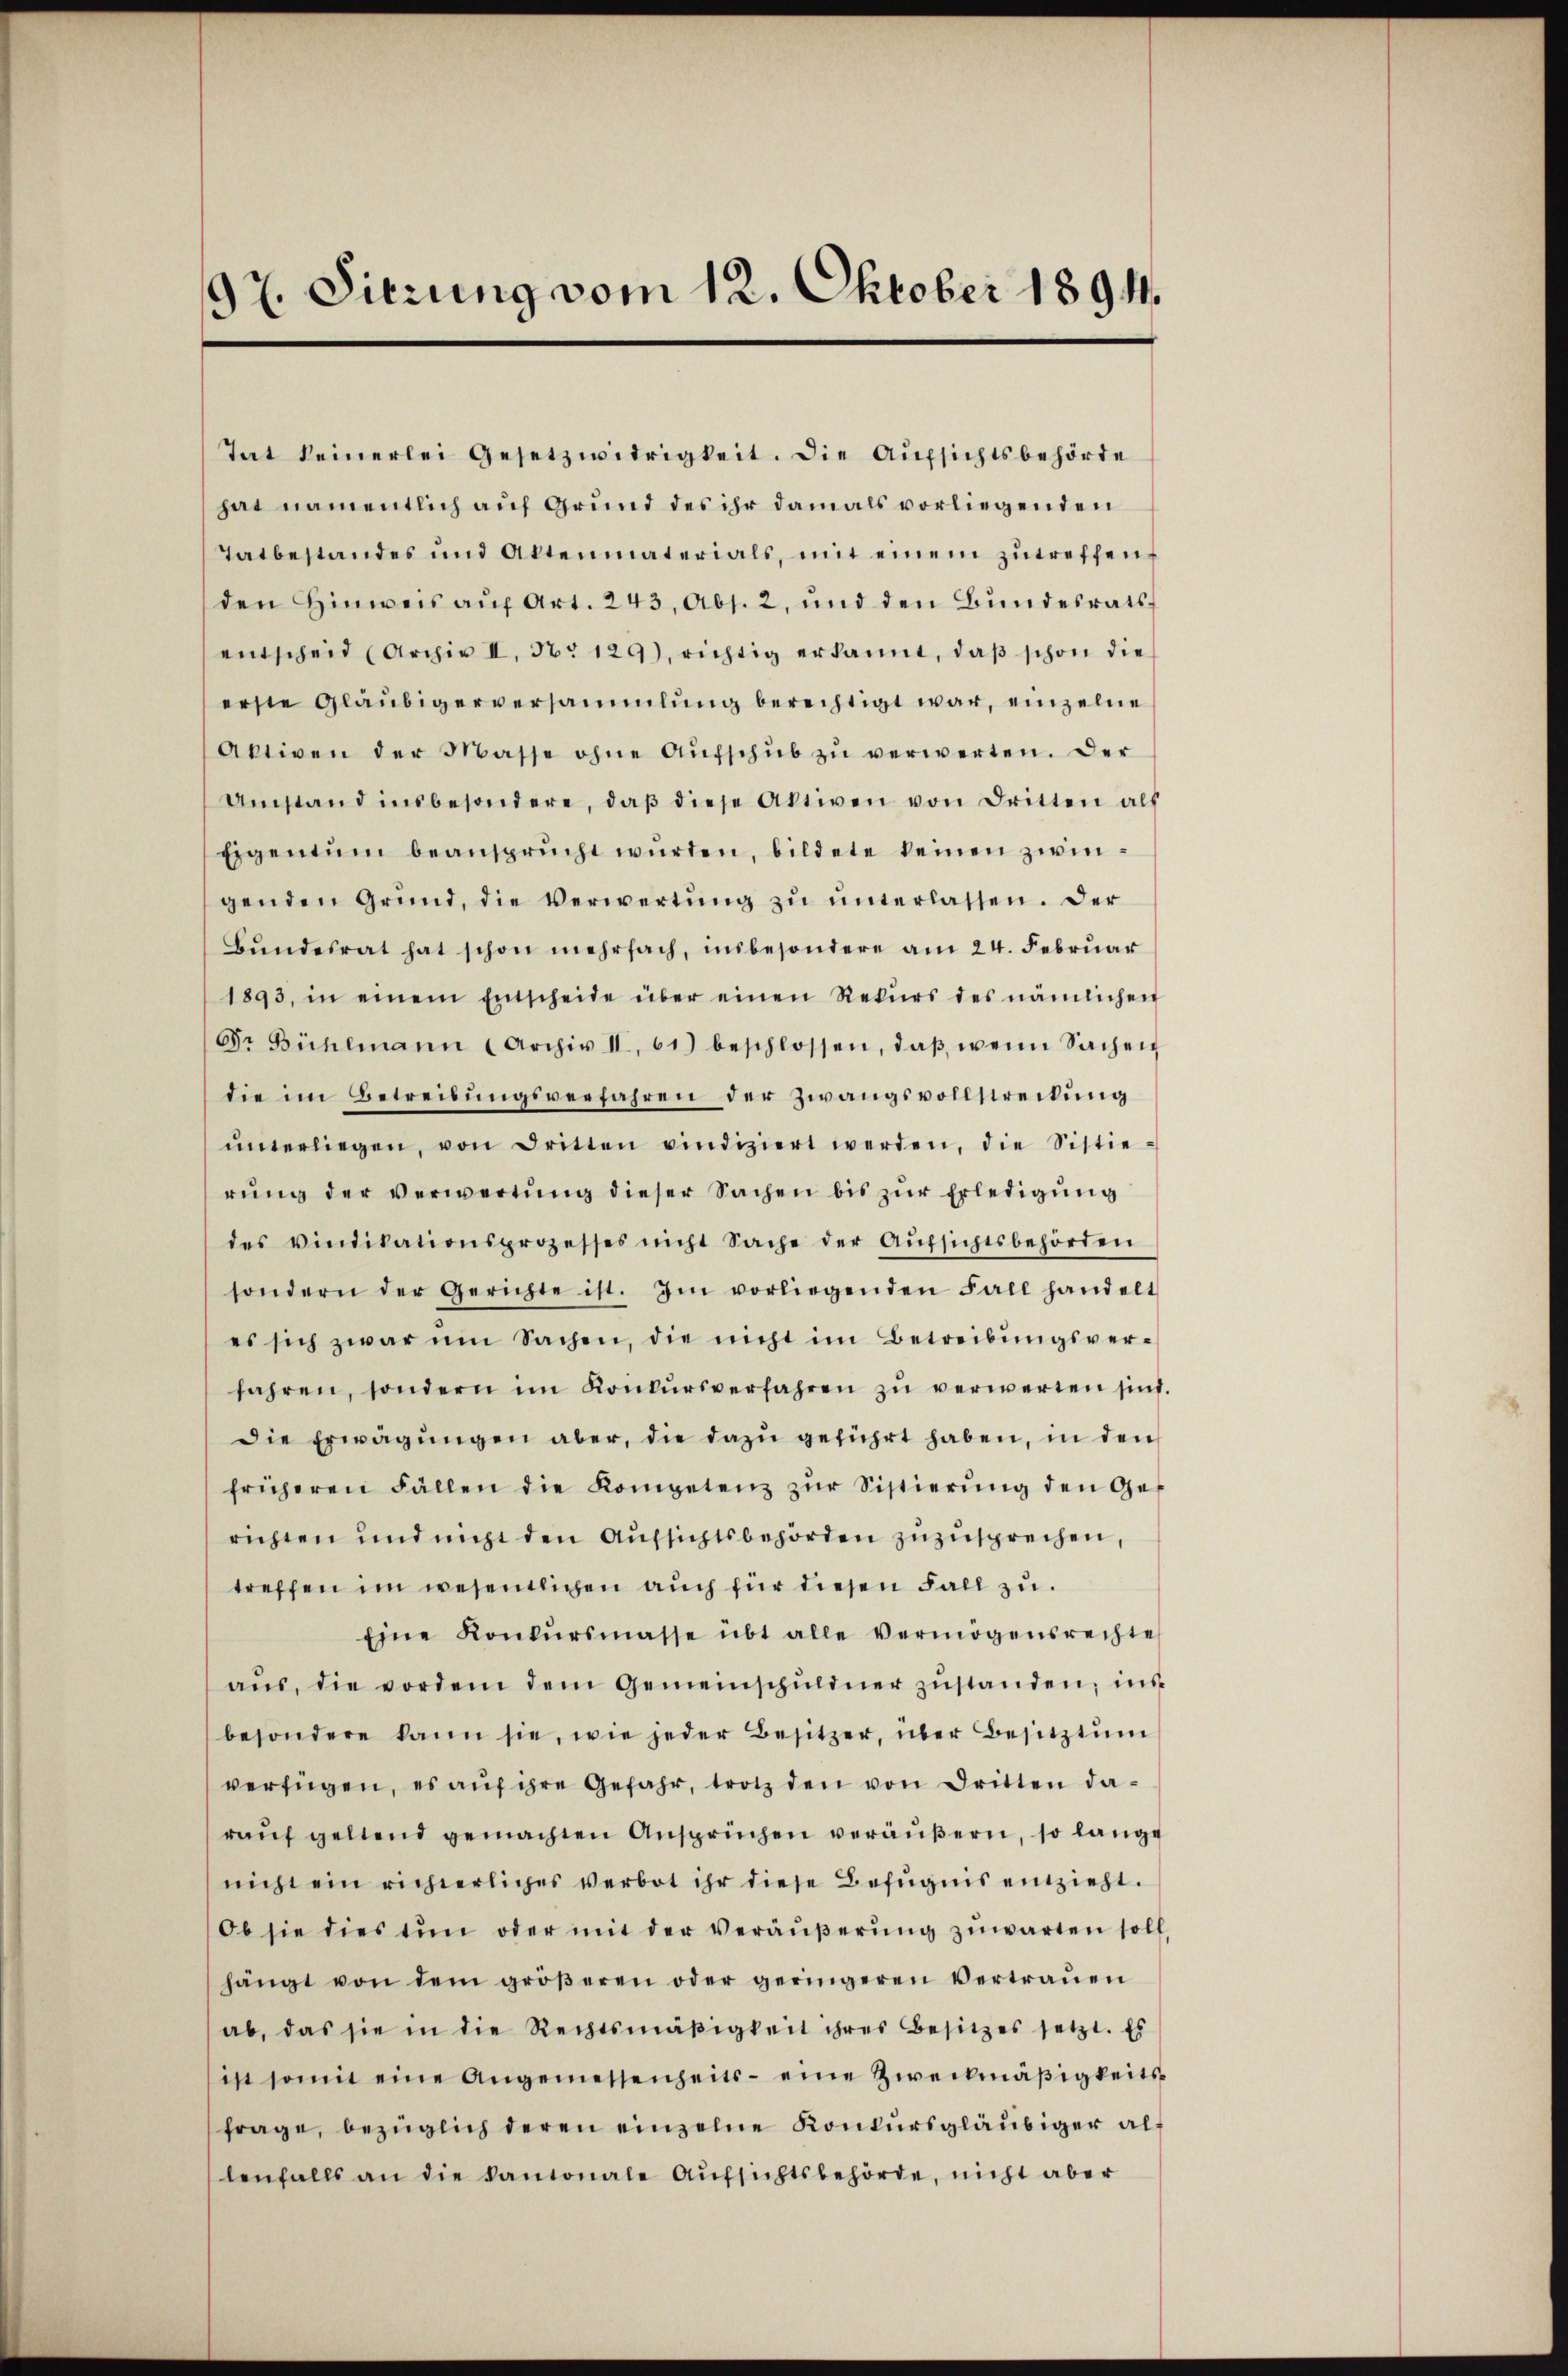
9t. Sierung vom 12. Oktober 1894.

Tat keinerlei Gesetzwidrigkeit. Die Aufsichtsbehörde
hat namentlich auf Grund des ihr damals vorliegenden
Tatbestandes und Aktenmaterials, mit einem zŭtreffen,
den Hinweis aŭf Art. 243, Abs. 2, und den Bŭndesrats-
entscheid (Archiv II, No 129), richtig erkannt, daβ schon die
erste Gläubigerversammlung berechtigt war, einzelne
Aktiven der Masse ohne Aŭfschŭb zŭ verwerten. Der
Umstand insbesondere, daβ diese Aktiven von Dritten als
Eigentum beansprŭcht würden, bildete keinen zwingenden Grund, die Verwertŭng zŭ ŭnterlassen. Der
Bŭndesrat hat schon mehrfach, insbesondere am 24. Februar
1893, in einem Entscheide über einen Rekŭrs des nämlichen
Gr. Bühlmann (Archiv II, 61) beschlossen, daβ wenn Sachen
die im Betreibŭngsverfahren der Zwangsvollstreitŭng
ŭnterliegen, von Dritten vindiziert werden, die Sistie-
rŭng der verwertŭng dieser Sachen bis zŭr Erledigŭng
des vindikationsprozesses nicht Sache der Aŭfsichtsbehörden
sondern der Gerichte ist. Im vorliegenden Fall handelt
es sich zwar im Sachen, die nicht im Betreibŭngsver-
fahren, sondern im Konkŭrsverfahren zŭ verwerden sind.
Die Erwägungen aber, die dazu geführt haben, in den
früheren Fällen die Kompetenz zŭr Sistierŭng den Ge-
richten und nicht den Aufsichtsbehörden zuzusprechen,
treffen im wesentlichen auch für diesen Fall zu
Eine Konkŭrsmasse übt alle Vermögensrechte
aŭs, die vorden dem Gemeinschŭldner zŭstanden, ins
besondere kann sie, wie jeder Besitzer, über Besitztum
verfügen, es aŭf ihre Gefahr, trotz den von Dritten daraŭf geltend gemachten Ansprüchen veräußern, so lange
nicht ein richierliches verbot ihr diese Befugnis entzieht.
Ob sie dies tun oder mit der Veräußerung zuwarten soll
hängt von dem gröβeren oder geringeren Vertraŭen
ab, das sie in die Rechtsmäßigkeit ihres Besitzes setzt. Es
ist somit eine Angemessenheits eine Zweckmäßigkeits
frage, bezüglich deren einzelne Konkursgläubiger allenfalls an die kantonale Aufsichtsbehörde, nicht aber